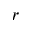
r